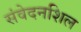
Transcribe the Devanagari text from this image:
संवेदनशिल